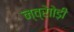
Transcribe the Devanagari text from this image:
न्व्रेाोड़ी